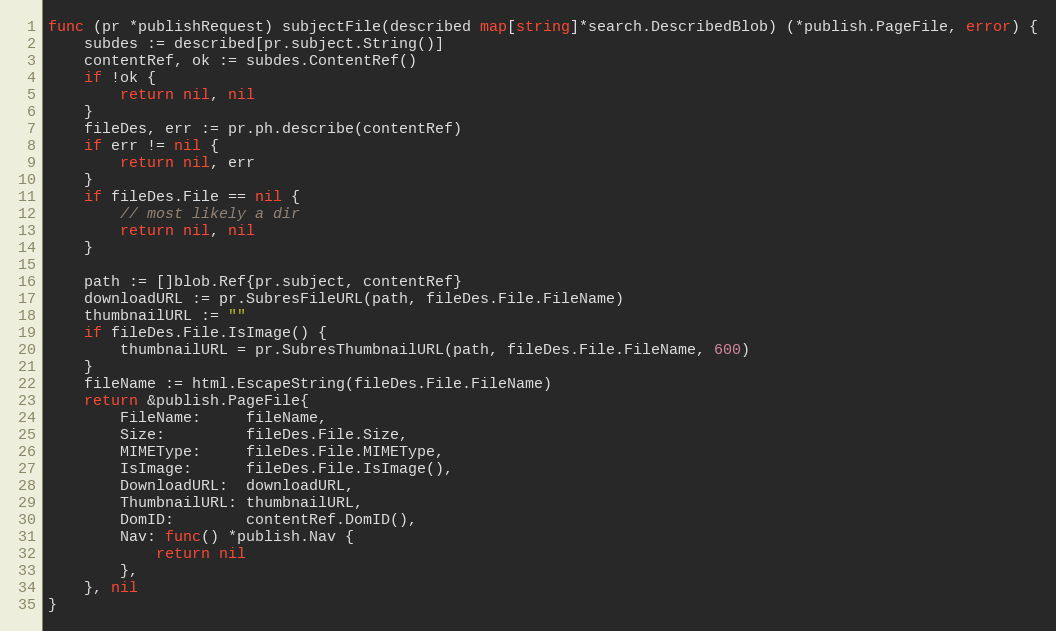
Language: Go
func (pr *publishRequest) subjectFile(described map[string]*search.DescribedBlob) (*publish.PageFile, error) {
	subdes := described[pr.subject.String()]
	contentRef, ok := subdes.ContentRef()
	if !ok {
		return nil, nil
	}
	fileDes, err := pr.ph.describe(contentRef)
	if err != nil {
		return nil, err
	}
	if fileDes.File == nil {
		// most likely a dir
		return nil, nil
	}

	path := []blob.Ref{pr.subject, contentRef}
	downloadURL := pr.SubresFileURL(path, fileDes.File.FileName)
	thumbnailURL := ""
	if fileDes.File.IsImage() {
		thumbnailURL = pr.SubresThumbnailURL(path, fileDes.File.FileName, 600)
	}
	fileName := html.EscapeString(fileDes.File.FileName)
	return &publish.PageFile{
		FileName:     fileName,
		Size:         fileDes.File.Size,
		MIMEType:     fileDes.File.MIMEType,
		IsImage:      fileDes.File.IsImage(),
		DownloadURL:  downloadURL,
		ThumbnailURL: thumbnailURL,
		DomID:        contentRef.DomID(),
		Nav: func() *publish.Nav {
			return nil
		},
	}, nil
}